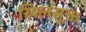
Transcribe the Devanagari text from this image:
खिलसूक्त